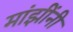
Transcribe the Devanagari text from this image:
मांझींनी